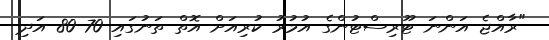
"ރާއްޖެ އަންނަ ޓޫރިސްޓުންގެ އުމުރު ކުރިއަށް އޮތް ތަނުގައި 70 80 އަދި